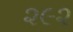
૨૯૨